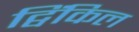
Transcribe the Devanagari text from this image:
ट्विंकिल